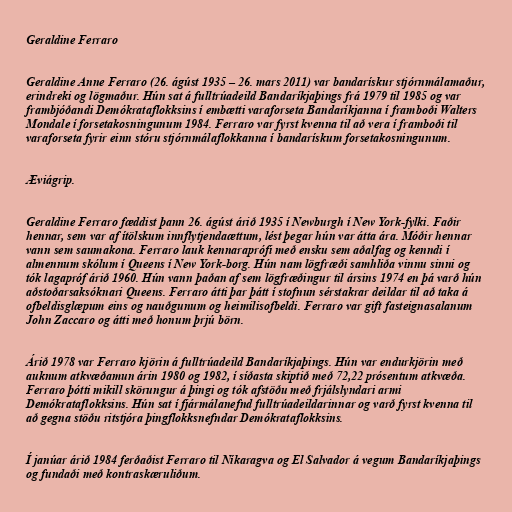
Geraldine Ferraro

Geraldine Anne Ferraro (26. ágúst 1935 – 26. mars 2011) var bandarískur stjórnmálamaður,
erindreki og lögmaður. Hún sat á fulltrúadeild Bandaríkjaþings frá 1979 til 1985 og var
frambjóðandi Demókrataflokksins í embætti varaforseta Bandaríkjanna í framboði Walters
Mondale í forsetakosningunum 1984. Ferraro var fyrst kvenna til að vera í framboði til
varaforseta fyrir einn stóru stjórnmálaflokkanna í bandarískum forsetakosningunum.

Æviágrip.

Geraldine Ferraro fæddist þann 26. ágúst árið 1935 í Newburgh í New York-fylki. Faðir
hennar, sem var af ítölskum innflytjendaættum, lést þegar hún var átta ára. Móðir hennar
vann sem saumakona. Ferraro lauk kennaraprófi með ensku sem aðalfag og kenndi í
almennum skólum í Queens í New York-borg. Hún nam lögfræði samhliða vinnu sinni og
tók lagapróf árið 1960. Hún vann þaðan af sem lögfræðingur til ársins 1974 en þá varð hún
aðstoðarsaksóknari Queens. Ferraro átti þar þátt í stofnun sérstakrar deildar til að taka á
ofbeldisglæpum eins og nauðgunum og heimilisofbeldi. Ferraro var gift fasteignasalanum
John Zaccaro og átti með honum þrjú börn.

Árið 1978 var Ferraro kjörin á fulltrúadeild Bandaríkjaþings. Hún var endurkjörin með
auknum atkvæðamun árin 1980 og 1982, í síðasta skiptið með 72,22 prósentum atkvæða.
Ferraro þótti mikill skörungur á þingi og tók afstöðu með frjálslyndari armi
Demókrataflokksins. Hún sat í fjármálanefnd fulltrúadeildarinnar og varð fyrst kvenna til
að gegna stöðu ritstjóra þingflokksnefndar Demókrataflokksins.

Í janúar árið 1984 ferðaðist Ferraro til Níkaragva og El Salvador á vegum Bandaríkjaþings
og fundaði með kontraskæruliðum.